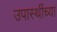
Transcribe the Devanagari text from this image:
उपास्थींच्या